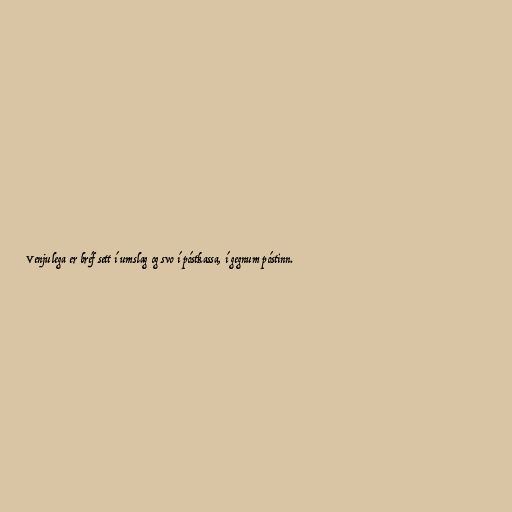
Venjulega er bréf sett í umslag og svo í póstkassa, í gegnum póstinn.